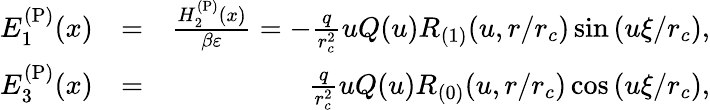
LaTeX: \begin{array}{rlr}{E_{1}^{\mathrm{(P)}}(x)}&{=}&{\frac{H_{2}^{\mathrm{(P)}}(x)}{\beta\varepsilon}=-\frac{q}{r_{c}^{2}}uQ(u)R_{(1)}(u,r/r_{c})\sin\left(u\xi/r_{c}\right),}\\ {E_{3}^{\mathrm{(P)}}(x)}&{=}&{\frac{q}{r_{c}^{2}}uQ(u)R_{(0)}(u,r/r_{c})\cos\left(u\xi/r_{c}\right),}\end{array}